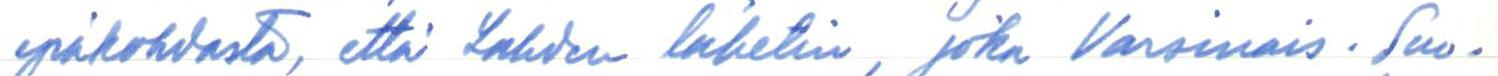
epäkohdasta, ettei Lahden lähetin, joka Varsinais-Suo-